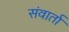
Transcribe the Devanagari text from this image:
संवार्ता